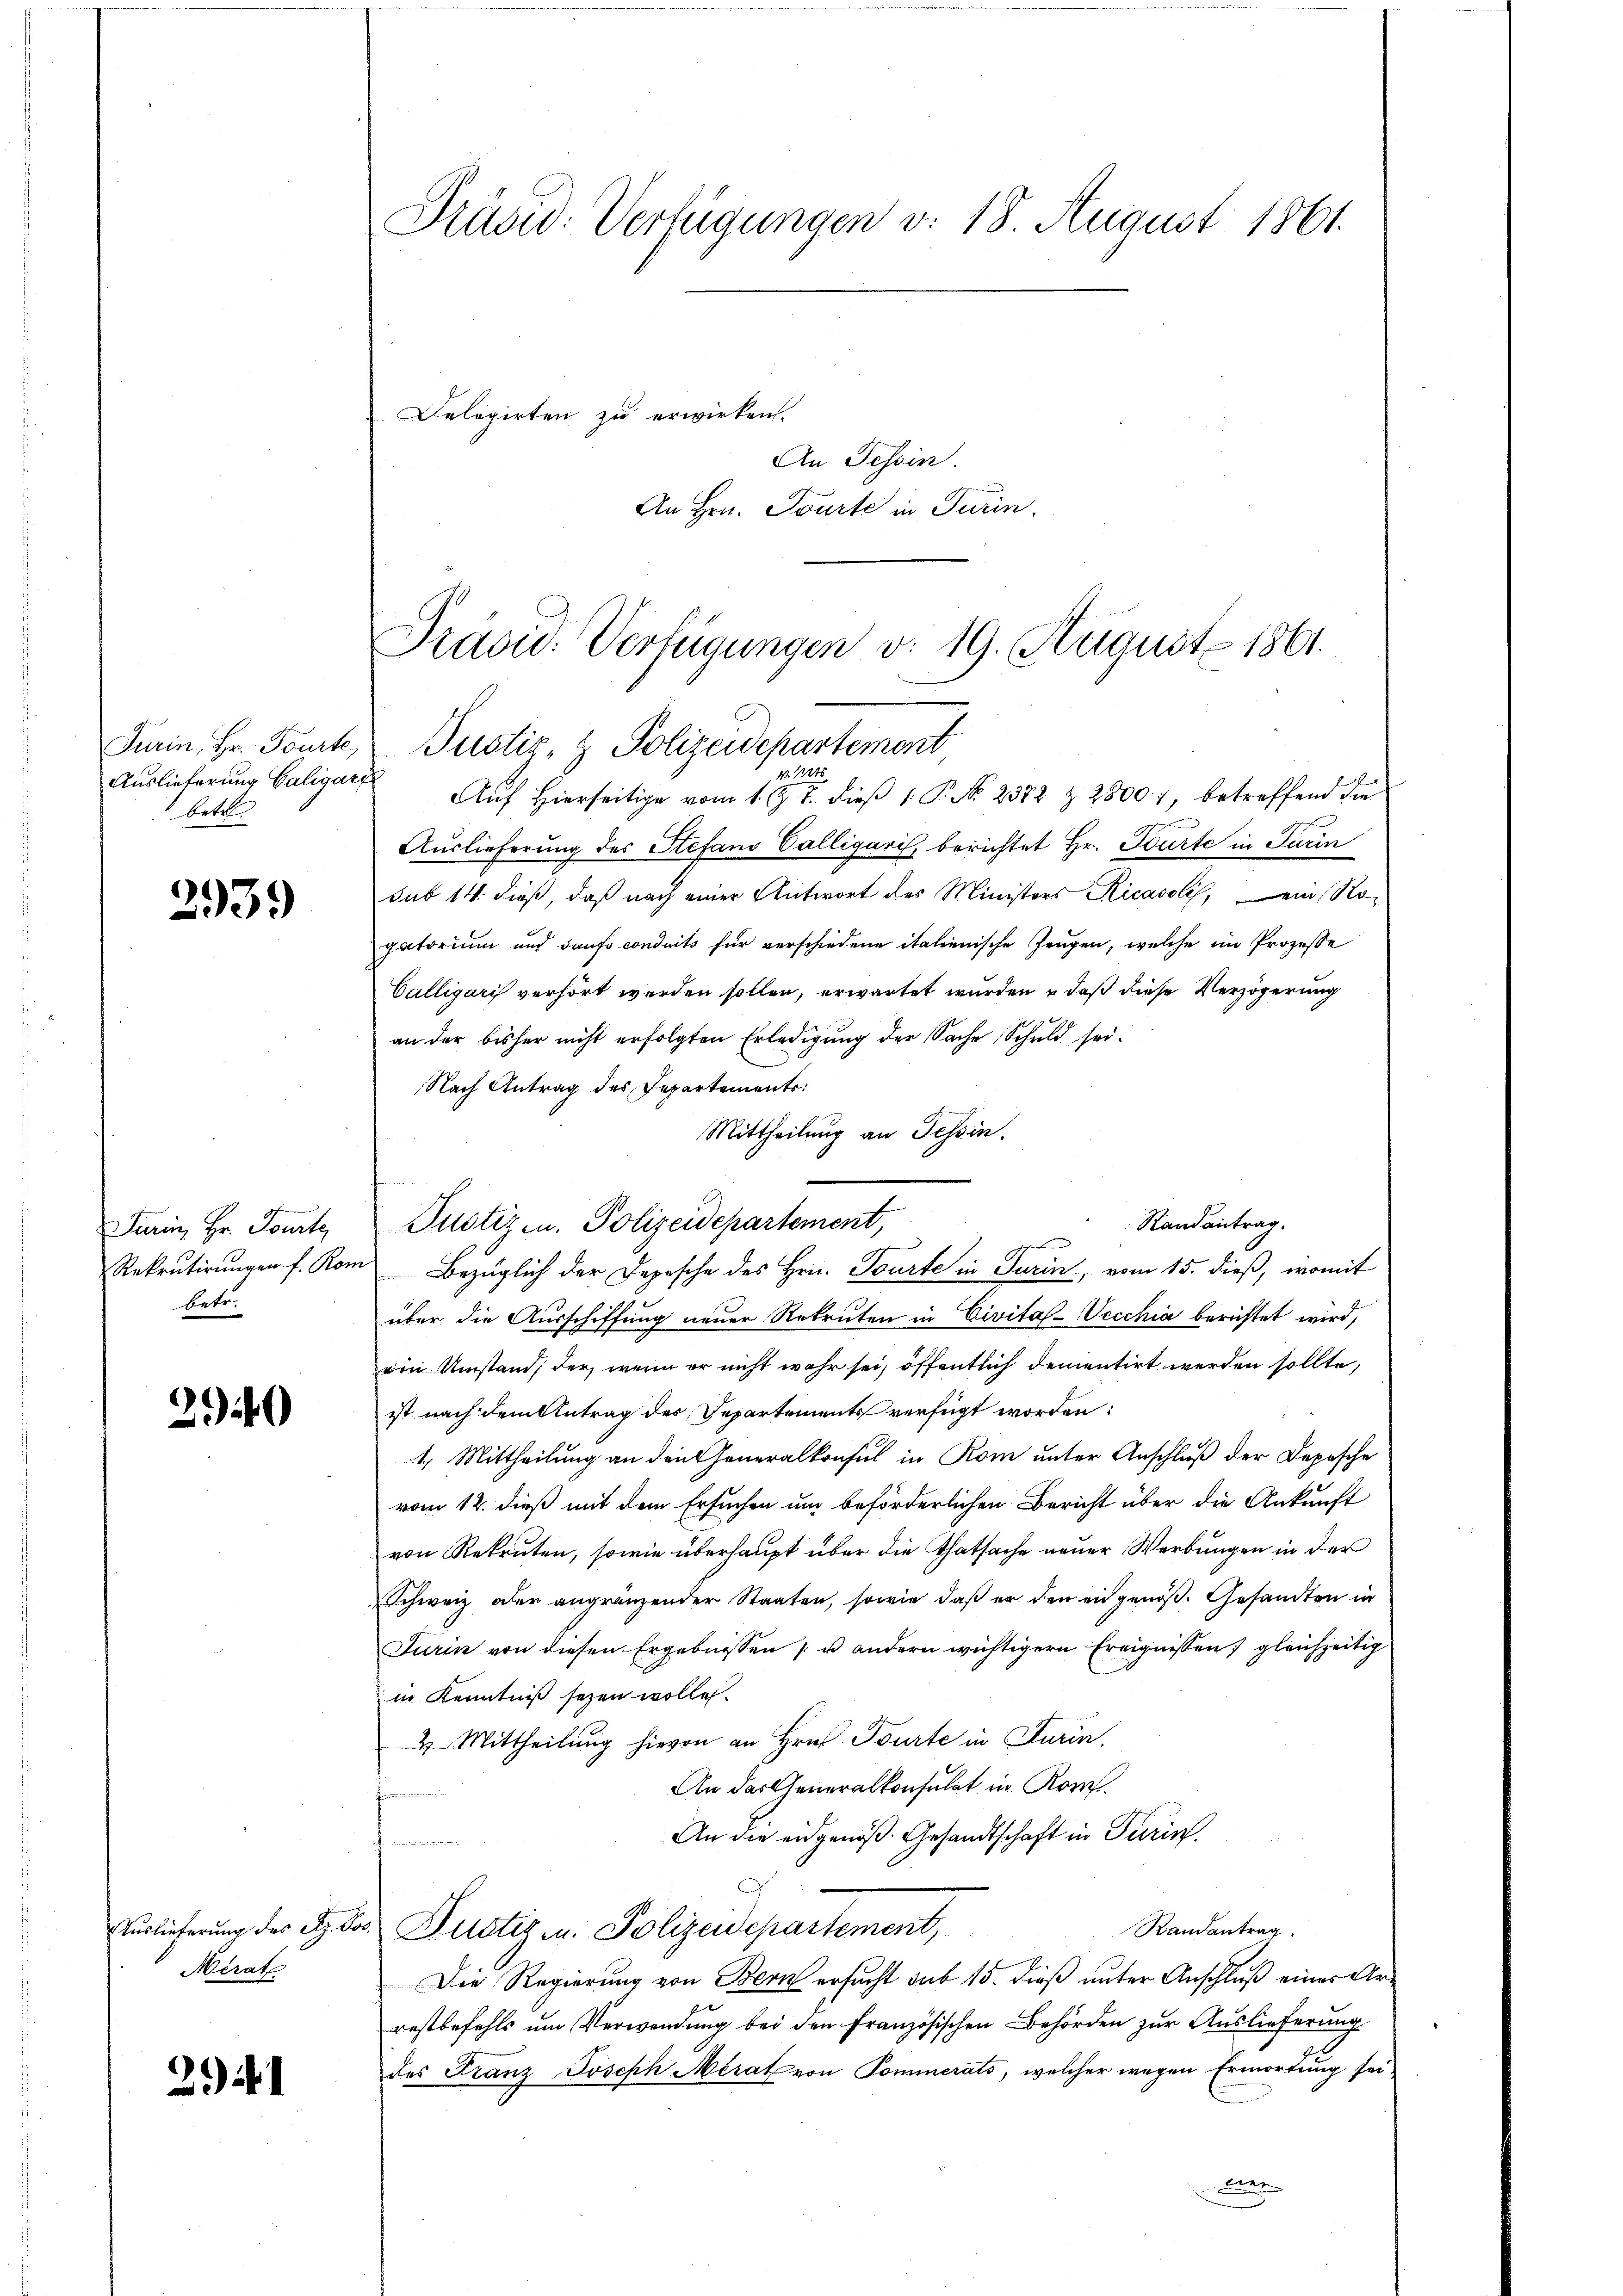
Furin, Hr. Tourte,
Auslieferung Galigar
betr

2939)

Turin, Hr. Toute
Rekrutirungen f. Ro.
betr.

240

Auslieferung des Sr. Do¬
Mérat

2941

Präsid. Verfügungen v. 18. August 1861.

Delegirten zu erwirken.

An Tessin.
An Hrn. Tourte in Turin.

Präsid. Verfügungen v. 19. August 1861.
Justiz- & Polizeidepartement
11845
f
Auf Hierseitige vom 1. J. J. dieß 1: P. No. 2382 § 2800), betreffend die

Auslieferung des Stefand Valligaris, berichtet Hr. Tourte in Turin
sub 14. dieß, daß nach einer Antwort des Ministers Ricasoli, ein Nogatorium und dans conduits für verschiedene italienische Zeugen, welche im Prozesse
Calligaris verhört werden sollen, erwartet wurden, daß diese Verzögerung
an der bisher nicht erfolgten Erledigung der Sache Schuld sei.
Nach Antrag des Departements:
Mittheilung an Tessin.
Justizen. Polizeidepartement,
Bezüglich der Depesche des Hrn. Tourte in Turin, vom 15. dieß, womit
über die Ausschiffung neuer Rekruten in Civitas-Vecchia berichtet wird,
ein Umstand, der wenn er nicht wahr sei, öffentlich dementirt werden sollte,
ist nach dem Antrag des Departements verfügt worden:
1. Mittheilung an den Generalkonsul in Rom unter Anschluß der Depesche
vom 12. dieß mit dem Ersuchen und beförderlichen Bericht über die Ankunft
von Rekruten, sowie überhaupt über die Thatsache neuer Werbungen in der
Schweiz oder angränzender Staaten, sowie daβ er den eidgenöß. Gesandten in
Turin von diesen Ergebnissen u andern wichtigern Ereignissen) gleichzeitig
in Kenntniß seyen wollen.
2. Mittheilung hievon an Hrn. Tourte in Turin,
An das Generalkonsulat in Kom
An die eidgenöß. Gesandtschaft in Turin.
Randantrag
3. Justiz u. Polizeidepartement,
Die Regierung von Bern ersucht sub 15. dieß unter Anschluß einer Arrestbefehls um Verwendung bei den Französischen Behörden zur Auslieferung
des Franz Joseph Merat von Pommerats, welcher wegen Ermortung sei.
Be

Randantrag.